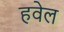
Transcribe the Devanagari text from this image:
हवेल